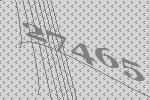
27465